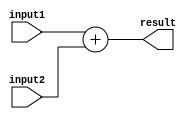
`timescale 1ns / 1ps
//////////////////////////////////////////////////////////////////////////////////
// Company: 
//
// Design Name: 
// Module Name: alu_add
// Project Name: Single Cycle CPU
// Target Devices: 
// Tool Versions: 
// Description: 
// 
// Dependencies: 
// 
// Revision:
// Revision 0.01 - File Created
// Additional Comments:
// 
//////////////////////////////////////////////////////////////////////////////////


module alu_add(input1, input2, result);
    input [31:0] input1, input2;
    output [31:0] result;
    assign result = input1+input2;
endmodule